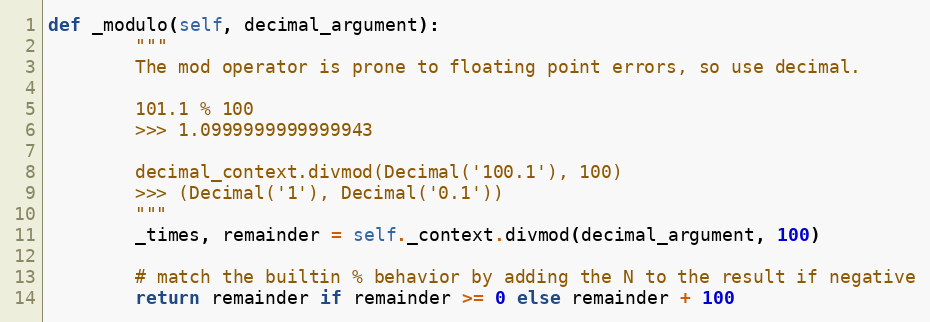
Language: Python
def _modulo(self, decimal_argument):
        """
        The mod operator is prone to floating point errors, so use decimal.

        101.1 % 100
        >>> 1.0999999999999943

        decimal_context.divmod(Decimal('100.1'), 100)
        >>> (Decimal('1'), Decimal('0.1'))
        """
        _times, remainder = self._context.divmod(decimal_argument, 100)

        # match the builtin % behavior by adding the N to the result if negative
        return remainder if remainder >= 0 else remainder + 100